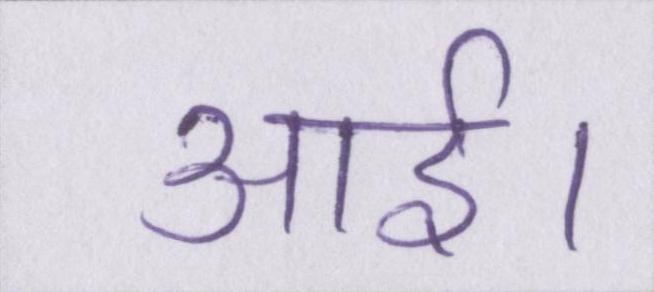
आई।